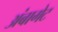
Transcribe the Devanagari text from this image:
अंबागेट